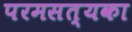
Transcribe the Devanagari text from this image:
परमसत्यका